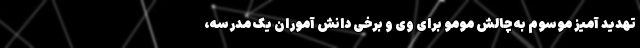
تهدید آمیز موسوم به چالش مومو برای وی و برخی دانش آموران یک مدرسه،